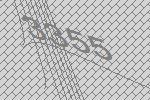
3355